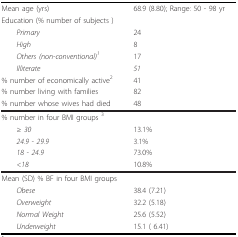
| Mean age (yrs) | 68.9 (8.80); Range: 50 - 98 yr |
 | Education (% number of subjects ) |  |
 | Primary | 24 |
 | High | 8 |
 | Others (non-conventional)1 | 17 |
 | Illiterate | 51 |
 | % number of economically active2 | 41 |
 | % number living with families | 82 |
 | % number whose wives had died | 48 |
 | --- | --- |
 | % number in four BMI groups 3 |  |
 | ≥ 30 | 13.1% |
 | 24.9 - 29.9 | 3.1% |
 | 18 - 24.9 | 73.0% |
 | <18 | 10.8% |
 | Mean (SD) % BF in four BMI groups |  |
 | Obese | 38.4 (7.21) |
 | Overweight | 32.2 (5.18) |
 | Normal Weight | 25.6 (5.52) |
 | Underweight | 15.1 ( 6.41) |